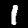
Digit: 1